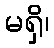
မရှိ၊